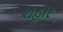
ચહાર